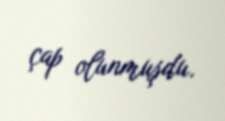
çap olunmuşdu.